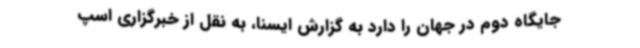
جایگاه دوم در جهان را دارد به گزارش ایسنا، به نقل از خبرگزاری اسپ